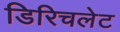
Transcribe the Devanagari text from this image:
डिरिचलेट